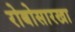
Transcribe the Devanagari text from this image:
रोबोसारखा